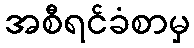
အစီရင်ခံစာမှ